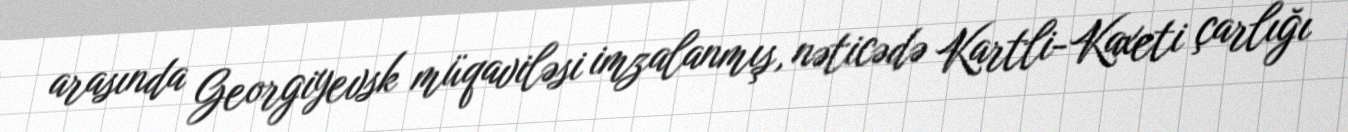
arasında Georgiyevsk müqaviləsi imzalanmış, nəticədə Kartli-Kaxeti çarlığı